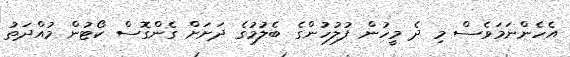
އެހެންނަމަވެސް މި ދެ މީހުން ފުލުހުންގެ ބެލުމުގެ ދަށަށް ގެންގޮސް ކޯޓުން މުއްދަތު